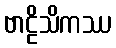
ဗာဠိသိကဿ